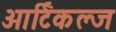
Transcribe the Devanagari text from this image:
आर्टिकल्ज